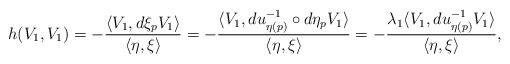
LaTeX: \begin{align*} h(V_1,V_1) = -\frac{\langle V_1,d\xi_pV_1\rangle}{\langle \eta,\xi\rangle} = -\frac{\langle V_1,du^{-1}_{\eta(p)}\circ d\eta_pV_1\rangle}{\langle \eta,\xi\rangle} = -\frac{\lambda_1\langle V_1,du^{-1}_{\eta(p)}V_1\rangle}{\langle\eta,\xi\rangle},\end{align*}